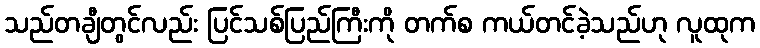
သည်တချီတွင်လည်း ပြင်သစ်ပြည်ကြီးကို တက်စ ကယ်တင်ခဲ့သည်ဟု လူထုက